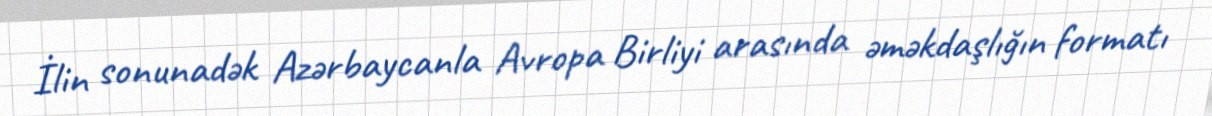
İlin sonunadək Azərbaycanla Avropa Birliyi arasında əməkdaşlığın formatı